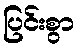
ပြင်းစွာ